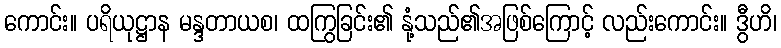
ကောင်း။ ပရိယုဋ္ဌာန မန္ဒတာယစ၊ ထကြွခြင်း၏ နုံ့သည်၏အဖြစ်ကြောင့် လည်းကောင်း။ ဒွီဟိ၊